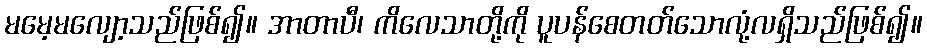
မမေ့မလျော့သည်ဖြစ်၍။ အာတာပီ၊ ကိလေသာတို့ကို ပူပန်စေတတ်သောလုံ့လရှိသည်ဖြစ်၍။